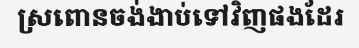
ស្រពោនចង់ងាប់ទៅវិញផងដែរ